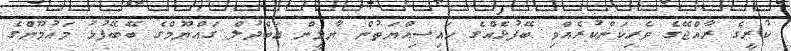
ކުރީގެ ރާއްޖޭގެ ވެރިކަންކުރެއްވި ބޭފުޅެއްގެ ހައިސިއްޔަތުން ޔާމީން އަބްދުލް ގައްޔޫމްގެ ބޭބޭފުޅު މައުމޫންގެ